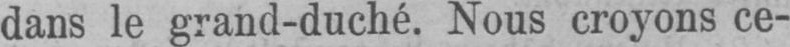
dans le grand-duché. Nous croyons ce-